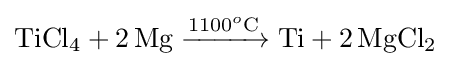
{\mathrm {TiCl} {\vphantom {A}}_{\smash[{t}]{4}}{}+{}2\,\mathrm {Mg} {}\mathrel {\xrightarrow {1100{\vphantom {A}}^{o}\mathrm {C} } } {}\mathrm {Ti} {}+{}2\,\mathrm {MgCl} {\vphantom {A}}_{\smash[{t}]{2}}}